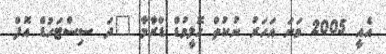
އެއީ 2005 ވަނަ އަހަރު ނުކުތް ހޮލީވުޑް ޑްރާމާ "ދަ ސިސްޓަހުޑް އޮފް